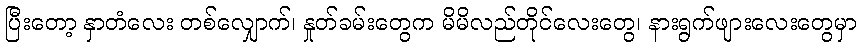
ပြီးတော့ နှာတံလေး တစ်လျှောက်၊ နှုတ်ခမ်းတွေက မိမိလည်တိုင်လေးတွေ၊ နားရွက်ဖျားလေးတွေမှာ